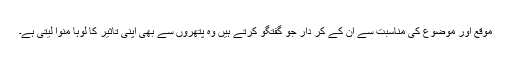
موقع اور موضوع کی مناسبت سے ان کے کر دار جو گفتگو کرتے ہیں وہ پتھروں سے بھی اپنی تاثیر کا لوہا منوا لیتی ہے۔